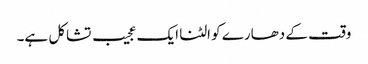
وقت کے دھارے کو الٹنا ایک عجیب تشاکل ہے۔